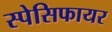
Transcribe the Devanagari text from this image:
स्पेसिफायर